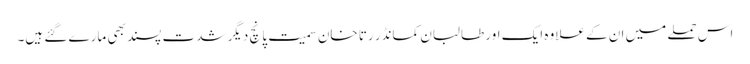
اس حملے میں ان کے علاوہ ایک اور طالبان کمانڈر رتا خان سمیت پانچ دیگر شدت پسند بھی مارے گئے ہیں۔